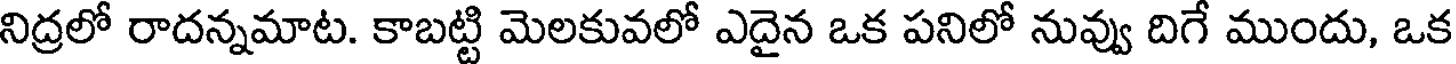
నిద్రలో రాదన్నమాట. కాబట్టి మెలకువలో ఎదైన ఒక పనిలో నువ్వు దిగే ముందు, ఒక